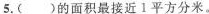
5.( )的面积最接近1平方分米。